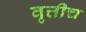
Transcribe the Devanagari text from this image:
वृत्तीच